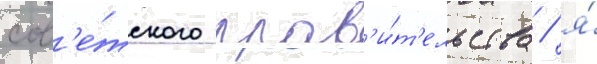
сов'е́тского прав'и́т'ельства / я́